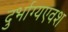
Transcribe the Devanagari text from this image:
दुर्भाग्यएवश